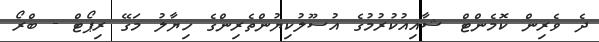
ދެ ވެރިން ކޮމެންޓް ޝާއިއުކުރުމުގެ އުސޫލުކިޔުންތެރިންގެ ހިޔާލު މަގޭ ރިޕޯޓް - ބްރޯ